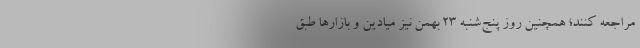
مراجعه کنند؛ همچنین روز پنج‌شنبه ۲۳ بهمن نیز میادین و بازارها طبق